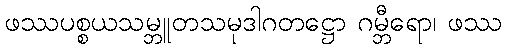
ဖဿပစ္စယသမ္ဘူတသမုဒါဂတဋ္ဌော ဂမ္ဘီရော၊ ဖဿ